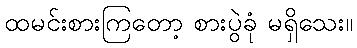
ထမင်းစားကြတော့ စားပွဲခုံ မရှိသေး။